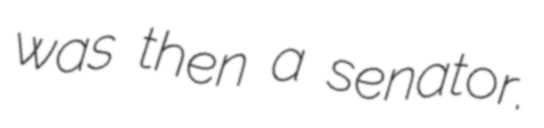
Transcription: was then a senator.